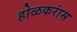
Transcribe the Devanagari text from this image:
होळकरांस